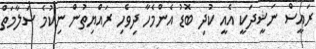
ރައީސް ނަޝީދަކީ އެއީ ކުދި ބޮޑު އެންމެހާ ދިވެހި ރައްޔިތުން ނިކުމެ ސަލާމަތް